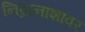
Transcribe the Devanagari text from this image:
निद्रानाशावर